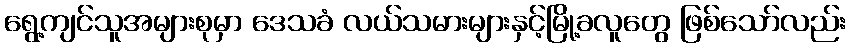
ရွေ့ကျင်သူအများစုမှာ ဒေသခံ လယ်သမားများနှင့်မြို့ခလူတွေ ဖြစ်သော်လည်း